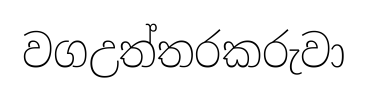
වගඋත්තරකරුවා